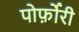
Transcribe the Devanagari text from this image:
पोर्फ़ोरी